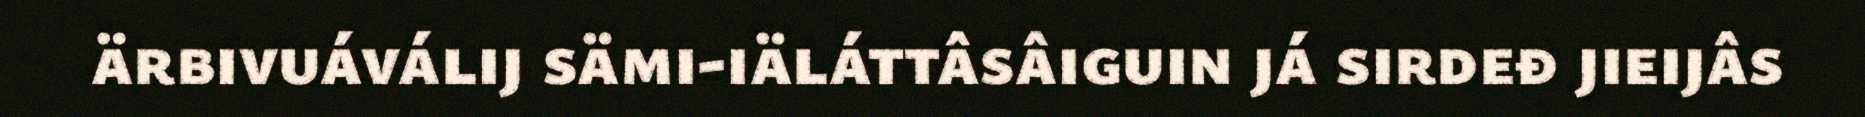
ärbivuáválij sämi-iäláttâsâiguin já sirdeđ jieijâs